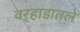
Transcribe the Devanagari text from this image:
वऱ्हाडातले